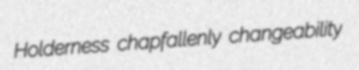
Holderness chapfallenly changeability